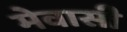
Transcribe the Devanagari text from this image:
मेवासी